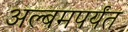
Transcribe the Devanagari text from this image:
अल्बमपर्यंत